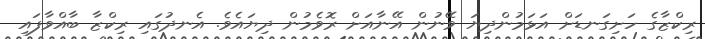
ރިކްޒާގެ ހަށިގަނޑަށް އަޅަމުންދިޔަ ވޭނުން އޭނާއަށް ރޮވެމުން ދިޔައެވެ. އެނދުގައި ރިކްޒާ ބާއްވާފައި